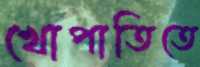
খোপাতিতে